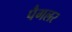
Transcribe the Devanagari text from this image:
पैगलर